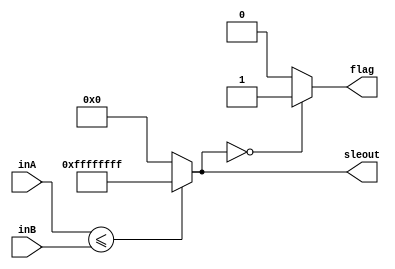
module SLE(inA, inB, sleout, flag);
    input [31:0] inA;
    input [31:0] inB;
    output reg [31:0] sleout;
    output reg flag;
    
    always@(*) begin
        sleout = ($signed(inA)<=$signed(inB))?32'b11111111111111111111111111111111:32'b0;
        if(sleout==0)
            flag = 1;
        else
            flag = 0;
    end
endmodule